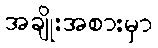
အချိုးအစားမှာ